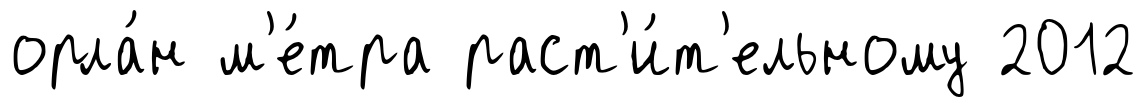
орла́н м'е́тра раст'и́т'ельному 2012